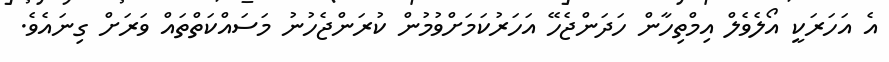
އެ އަހަރަކީ އޯލެވެލް އިމްތިހާން ހަދަންޖެހޭ އަހަރުކަމަށްވުމުން ކުރަންޖެހުނު މަސައްކަތްތައް ވަރަށް ގިނައެވެ.